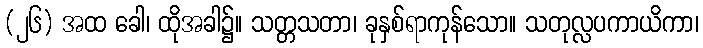
(၂၆) အထ ခေါ၊ ထိုအခါ၌။ သတ္တသတာ၊ ခုနှစ်ရာကုန်သော။ သတုလ္လပကာယိကာ၊